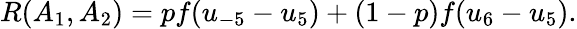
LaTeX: \begin{array}{r}{R(A_{1},A_{2})=pf(u_{-5}-u_{5})+(1-p)f(u_{6}-u_{5}).}\end{array}